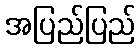
အပြည်ပြည်